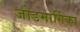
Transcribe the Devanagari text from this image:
जोडमार्गिका